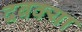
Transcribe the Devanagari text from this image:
दबक्या